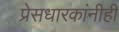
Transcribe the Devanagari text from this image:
प्रेसधारकांनीही